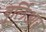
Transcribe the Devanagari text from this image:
बुर्लिआर